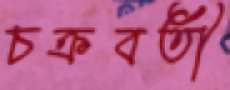
চক্রবর্তী